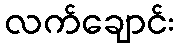
လက်ချောင်း